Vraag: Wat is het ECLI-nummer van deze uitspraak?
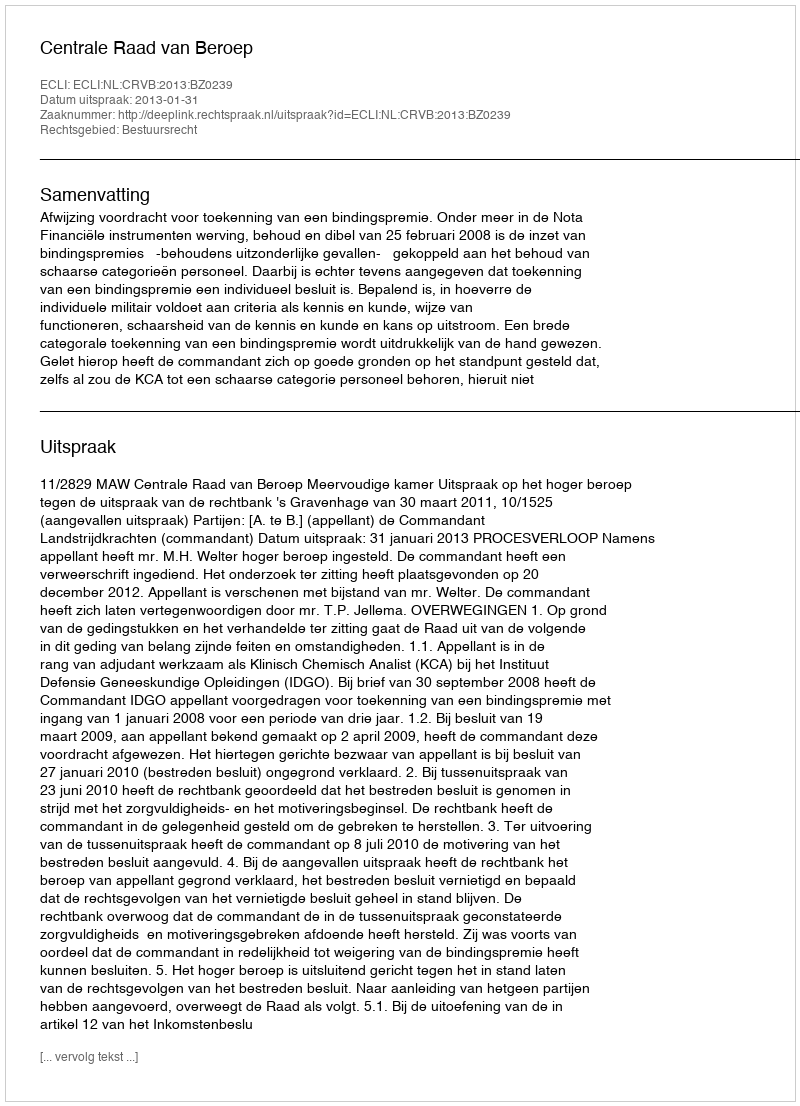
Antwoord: ECLI:NL:CRVB:2013:BZ0239